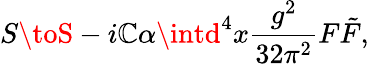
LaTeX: S\toS-i\mathbb{C}\alpha\intd^{4}x\frac{{g^{2}}}{{32\pi^{2}}}F\tilde{{F}},